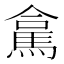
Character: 𮪁